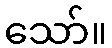
သော်။